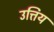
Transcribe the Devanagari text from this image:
उत्तिय